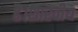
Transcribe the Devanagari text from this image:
है।शारदीय